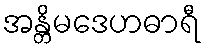
အန္တိမဒေဟဓာရီ